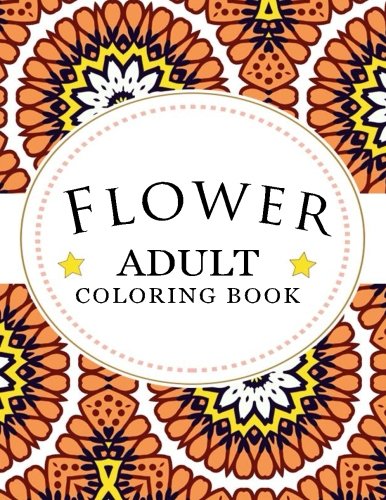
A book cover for Flower Adult Coloring Book: Stress Relieving Patterns : Coloring Books For Adults, coloring books for adults relaxation, coloring book for grown ups (Volume 8); Coloring Books For Adults; Arts & Photography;